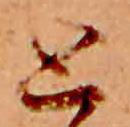
と